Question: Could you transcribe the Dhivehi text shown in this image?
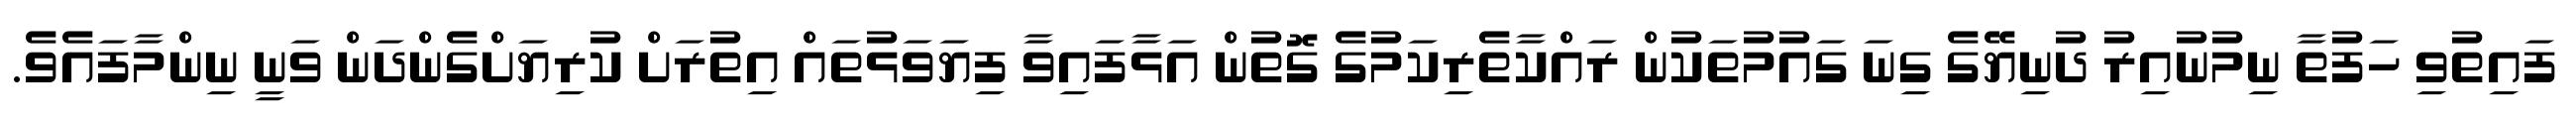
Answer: ފައިތުވި ހަފުތާ ނިމުނުއިރު ދުނިޔޭގެ ގިނަ ގައުމުތަކުން ރައްކާތެރިކަމުގެ ގޮތުން އަޅާފައިވާ ފިޔަވަޅުތައް އިތުރަށް ކުރިޔަށްގެންދަން ވަނީ ނިންމާފައެވެ.